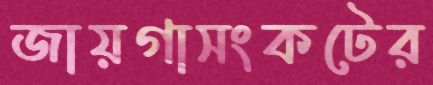
জায়গাসংকটের